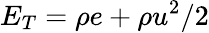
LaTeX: {E_{T}}=\rho e+\rho{u^{2}}/2